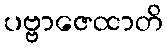
ပဗ္ဗာဇေထာတိ